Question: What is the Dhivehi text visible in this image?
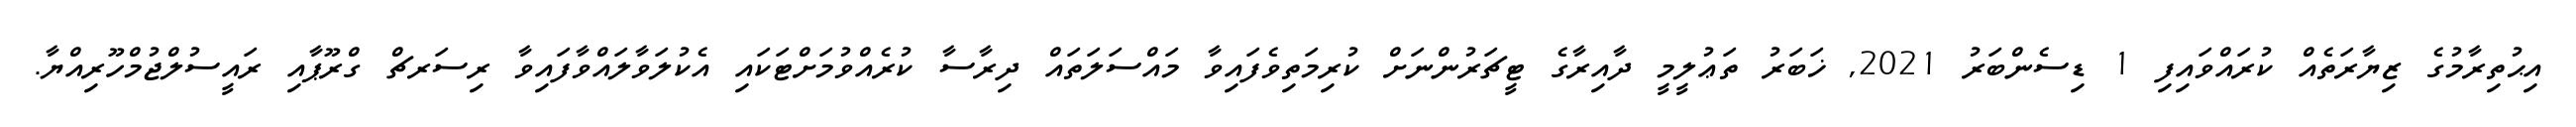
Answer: އިޙުތިރާމުގެ ޒިޔާރަތެއް ކުރައްވައިފި 1 ޑިސެންބަރު 2021, ޚަބަރު ތަޢުލީމީ ދާއިރާގެ ޓީޗަރުންނަށް ކުރިމަތިވެފައިވާ މައްސަލަތައް ދިރާސާ ކުރެއްވުމަށްޓަކައި އެކުލަވާލައްވާފައިވާ ރިސަރޗް ގްރޫޕާއި ރައީސުލްޖުމްހޫރިއްޔާ.